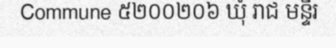
Commune ៥២០០២០៦ ឃុំ រាជ មន្ទីរ